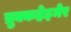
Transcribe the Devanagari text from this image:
ब्रुक्कहेइमेर